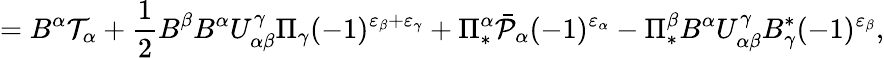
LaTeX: =B^{\alpha}{\cal T}_{\alpha}+\frac{1}{2}B^{\beta}B^{\alpha}U_{\alpha\beta}^{\gamma}\Pi_{\gamma}(-1)^{\varepsilon_{\beta}+\varepsilon_{\gamma}}+\Pi_{*}^{\alpha}\bar{\cal P}_{\alpha}(-1)^{\varepsilon_{\alpha}}-\Pi_{*}^{\beta}B^{\alpha}U_{\alpha\beta}^{\gamma}B_{\gamma}^{*}(-1)^{\varepsilon_{\beta}},